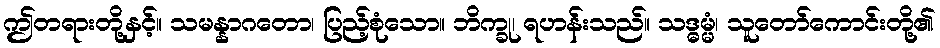
ဤတရားတို့နှင့်။ သမန္နာဂတော၊ ပြည့်စုံသော။ ဘိက္ခု၊ ရဟန်းသည်။ သဒ္ဓမ္မံ၊ သူတော်ကောင်းတို့၏